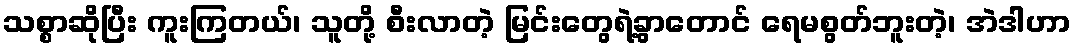
သစ္စာဆိုပြီး ကူးကြတယ်၊ သူတို့ စီးလာတဲ့ မြင်းတွေရဲ့ခွာတောင် ရေမစွတ်ဘူးတဲ့၊ အဲဒါဟာ